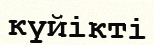
күйікті